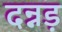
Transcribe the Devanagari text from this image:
दन्नड़